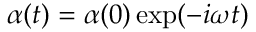
\alpha ( t ) = \alpha ( 0 ) \exp ( - i \omega t )